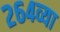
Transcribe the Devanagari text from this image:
२६४व्या